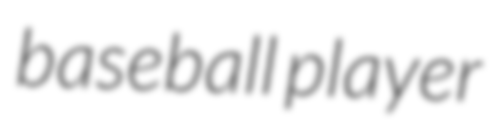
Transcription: baseball player